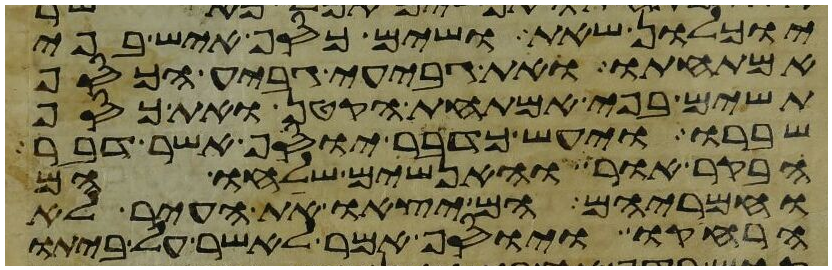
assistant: יוכלון שאת ושים כסף איש בפי
אמתחתו ואת גביע גביע הכסף
תשים בפי אמתחת הקטן ואת כסף
שברו ויעש כדבר יוסף אשר דבר
הבקר אור והאנשים שלחו הם
וחמריהם הם יצאו את העיר לא
הרחיקו ויוסף אמר לאשר על ביתו